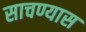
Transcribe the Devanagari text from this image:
साचण्यास